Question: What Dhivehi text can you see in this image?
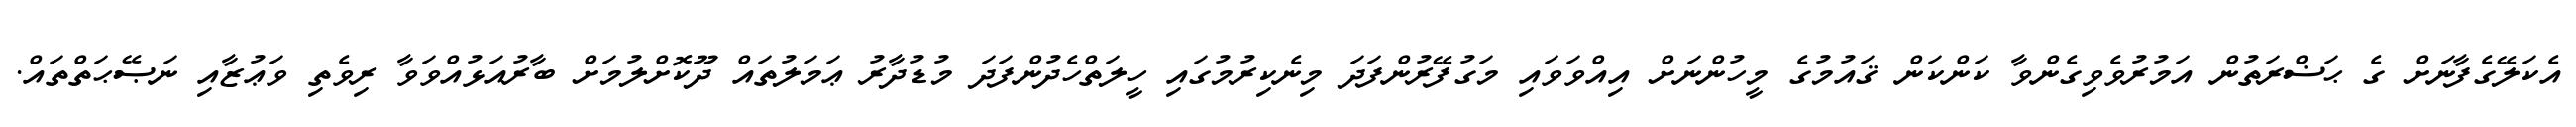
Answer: އެކަލޭގެފާނަށް ގެ ޙަޟްރަތުން އަމުރުވެވިގެންވާ ކަންކަން ޤައުމުގެ މީހުންނަށް އިއްވަވައި މަގުފޭރުންފަދަ މިނެކިރުމުގައި ހީލަތްހެދުންފަދަ މުޑުދާރު ޢަމަލުތައް ދޫކޮށްލުމަށް ބާރުއަޅުއްވަވާ ރިވެތި ވަޢުޒާއި ނަޞޭޙަތްތައް.